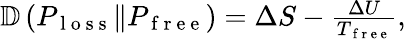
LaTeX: \begin{array}{r}{\mathbb{D}\left(P_{\mathrm{~l~o~s~s~}}\Vert P_{\mathrm{~f~r~e~e~}}\right)=\Delta S-\frac{\Delta U}{T_{\mathrm{~f~r~e~e~}}},}\end{array}